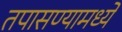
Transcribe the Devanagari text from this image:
तपासण्यामध्ये